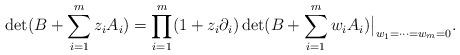
LaTeX: \begin{align*}\det(B+\sum_{i=1}^{m}z_i A_i)=\prod_{i=1}^{m} (1+z_i\partial_i) \det(B+\sum_{i=1}^{m}w_i A_i)\big|_{w_1=\dots=w_m=0}.\end{align*}